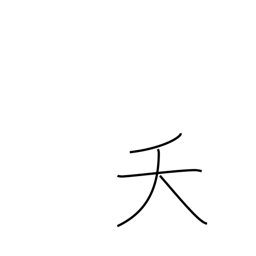
Meaning: early death